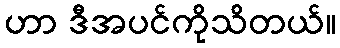
ဟာ ဒီအပင်ကိုသိတယ်။